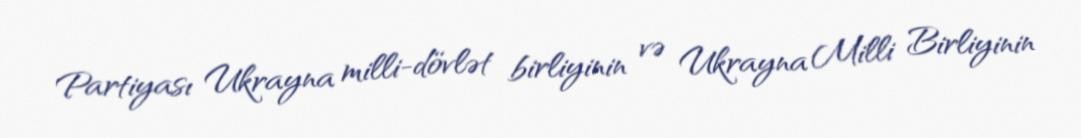
Partiyası Ukrayna milli-dövlət birliyinin və Ukrayna Milli Birliyinin